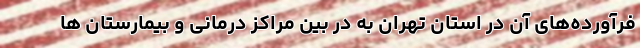
فرآورده‌های آن در استان تهران به در بین مراکز درمانی و بیمارستان ها